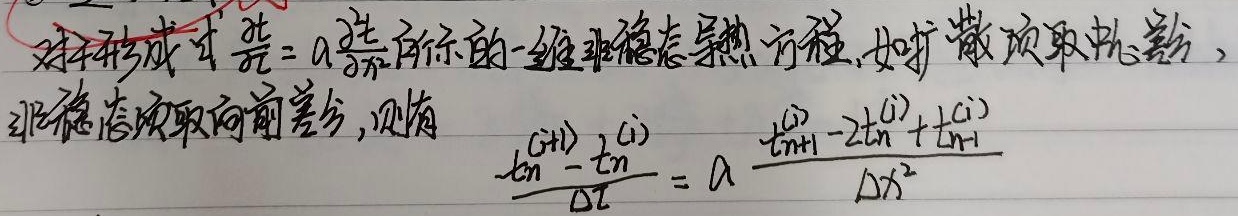
对于形式\(\frac{\partial t}{\partial \tau}=a\frac{\partial^{2} t}{\partial x^{2}}\)所示的一维非稳态导热方程，如扩散项取中心差分，非稳态项取向前差分，则有\(\frac{t_{n}^{(i + 1)}-t_{n}^{(i)}}{\Delta \tau}=a\frac{t_{n + 1}^{(i)}-2t_{n}^{(i)}+t_{n - 1}^{(i)}}{\Delta x^{2}}\)